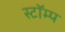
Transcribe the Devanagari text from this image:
स्टॉम्प